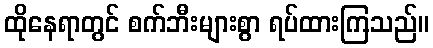
ထိုနေရာတွင် စက်ဘီးများစွာ ရပ်ထားကြသည်။